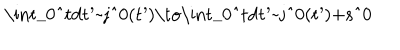
LaTeX: \mathrm { ~ \int _ { 0 } ^ { t } d t ^ { \prime } ~ j ^ { 0 } ( t ^ { \prime } ) \to \int _ { 0 } ^ { t } d t ^ { \prime } ~ j ^ { 0 } ( t ^ { \prime } ) + s ^ { 0 } ~ }